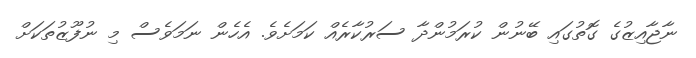
ނާޖާއިޒުގެ ގޮތުގައި ބޭނުން ކުރަމުންދާ ސަރުކާރެއް ކަމަށެވެ. އެހެން ނަމަވެސް މި ނުފޫޒުތަކަށް